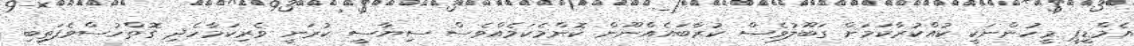
އެމްޑީޕީ މީހުންނަކީ ކުއްކުރާކަމަށް ގަބޫލުވެސް ކުރާބައެއްނޫން ކޮންމެކަމެއްވެސް ސިޔާސީ ކުރަނީ ވެރިކަމާހެދި ގޮތްހުސްވެފަތިބި